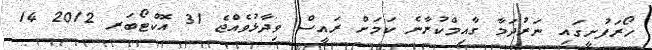
ހޯރަފުށީގައި ނަރުދަމާ ގާއިމްކުރާނެ ކަމަށް ރައީސް ވިދާޅުވެއްޖެ 31 އޮކްޓޯބަރ 2012 14